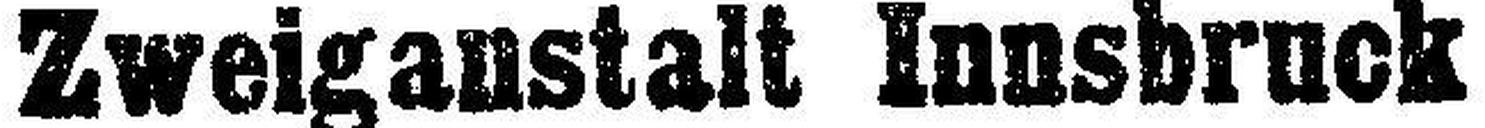
Zweiganstalt Innsbruck